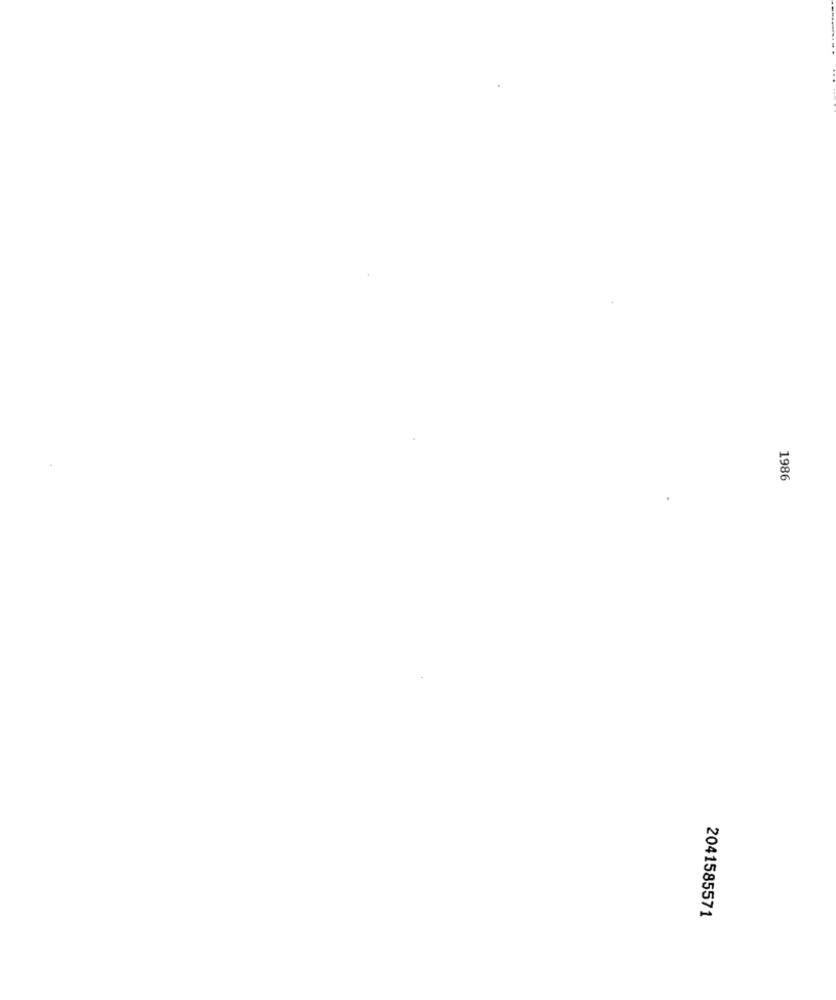
1986
2041585571